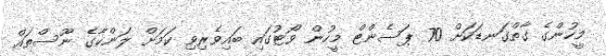
މީހުންގެ ގާތްގަނޑަކަށް 70 ޕަސެންޓް މީހުން ވޯޓުގައި ބައިވެރިވި ކަމަށް ލަންކާގެ ނޫސްތައް